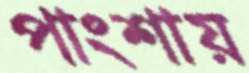
পাংশায়